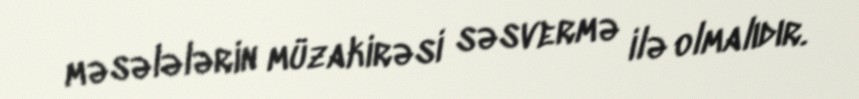
məsələlərin müzakirəsi səsvermə ilə olmalıdır.